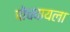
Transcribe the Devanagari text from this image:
पोचवायला